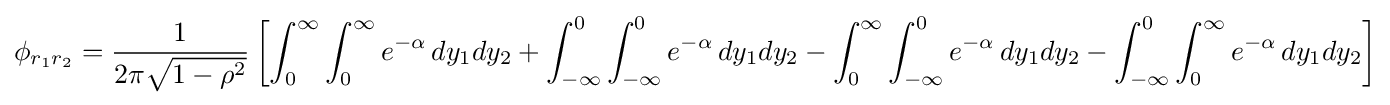
\phi _{r_{1}r_{2}}={\frac {1}{2\pi {\sqrt {1-\rho ^{2}}}}}\left[\int _{0}^{\infty }\int _{0}^{\infty }e^{-\alpha }\,dy_{1}dy_{2}+\int _{-\infty }^{0}\int _{-\infty }^{0}e^{-\alpha }\,dy_{1}dy_{2}-\int _{0}^{\infty }\int _{-\infty }^{0}e^{-\alpha }\,dy_{1}dy_{2}-\int _{-\infty }^{0}\int _{0}^{\infty }e^{-\alpha }\,dy_{1}dy_{2}\right]